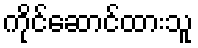
ကိုင်ဆောင်ထားသူ